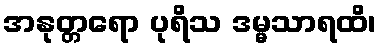
အနုတ္တရော ပုရိသ ဒမ္မသာရထိ၊